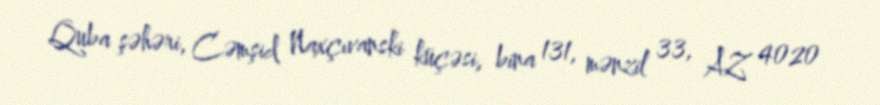
Quba şəhəri, Cəmşid Naxçıvanski küçəsi, bina 131, mənzil 33, AZ 4020